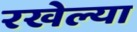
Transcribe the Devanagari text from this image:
रखेल्या